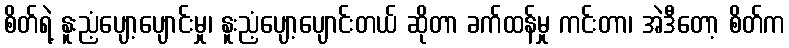
စိတ်ရဲ့ နူးညံ့ပျော့ပျောင်းမှု၊ နူးညံ့ပျော့ပျောင်းတယ် ဆိုတာ ခက်ထန်မှု ကင်းတာ၊ အဲဒီတော့ စိတ်က